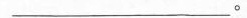
___。